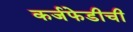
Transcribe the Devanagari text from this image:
कर्जफेडीची